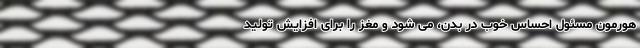
هورمون مسئول احساس خوب در بدن، می شود و مغز را برای افزایش تولید